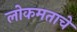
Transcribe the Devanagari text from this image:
लोकमताचे